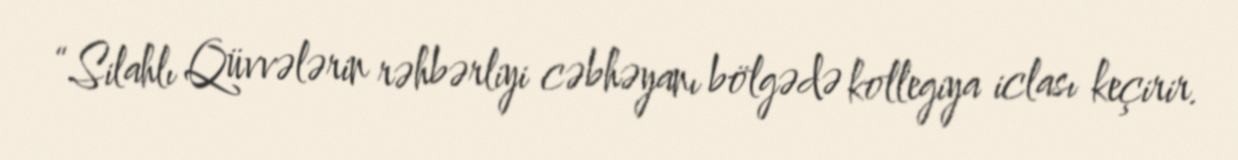
“Silahlı Qüvvələrin rəhbərliyi cəbhəyanı bölgədə kollegiya iclası keçirir.